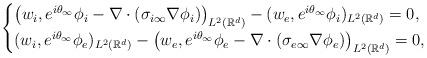
LaTeX: \begin{align*}\begin{cases}\left(w_i,e^{i\theta_\infty}\phi_i-\nabla\cdot(\sigma_{i\infty}\nabla\phi_i)\right)_{L^2(\mathbb{R}^d)}-(w_e,e^{i\theta_\infty}\phi_i)_{L^2(\mathbb{R}^d)}=0, \\(w_i,e^{i\theta_\infty}\phi_e)_{L^2(\mathbb{R}^d)}-\left(w_e,e^{i\theta_\infty}\phi_e-\nabla\cdot(\sigma_{e\infty}\nabla\phi_e)\right)_{L^2(\mathbb{R}^d)}=0, \end{cases}\end{align*}